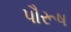
પૌરૂષ